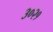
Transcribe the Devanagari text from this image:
३०२१